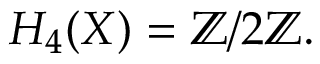
H _ { 4 } ( X ) = \mathbb { Z } / 2 \mathbb { Z } .